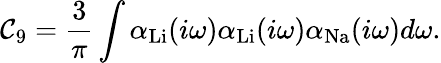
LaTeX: \mathcal{C}_{9}=\frac{{3}}{{\pi}}\int\alpha_{\mathrm{{Li}}}(i\omega)\alpha_{\mathrm{{Li}}}(i\omega)\alpha_{\mathrm{{Na}}}(i\omega)d\omega.